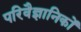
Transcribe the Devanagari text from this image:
परिवैज्ञानिकों